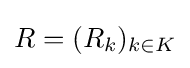
R=(R_{k})_{k\in K}